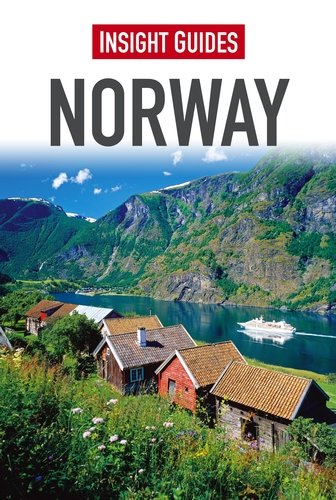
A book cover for Insight Guides: Norway; Insight Guides; Travel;